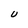
Character: U